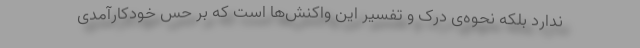
ندارد بلکه نحوه‌ی درک و تفسیر این واکنش‌ها است که بر حس خودکارآمدی